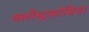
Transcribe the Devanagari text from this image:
क्लौस्ट्रफ़ोबिया